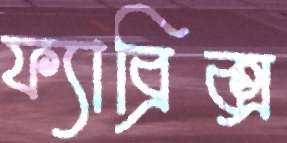
ফ্যাব্রিক্স